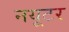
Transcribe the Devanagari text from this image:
नयूटर